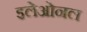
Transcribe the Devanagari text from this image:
इलेओनल